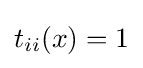
t_{ii}(x)=1